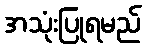
အသုံးပြုရမည်